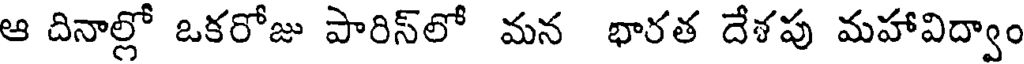
ఆ దినాల్లో ఒకరోజు పారిస్లో మన భారత దేశపు మహావిద్వాం